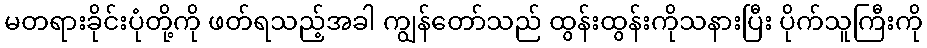
မတရားခိုင်းပုံတို့ကို ဖတ်ရသည့်အခါ ကျွန်တော်သည် ထွန်းထွန်းကိုသနားပြီး ပိုက်သူကြီးကို